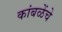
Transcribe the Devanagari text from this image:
कांबळेंचे